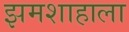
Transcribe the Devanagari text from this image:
झमशाहाला